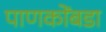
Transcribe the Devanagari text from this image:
पाणकोंबडा